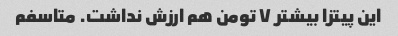
این پیتزا بیشتر ۷ تومن هم ارزش نداشت. متاسفم